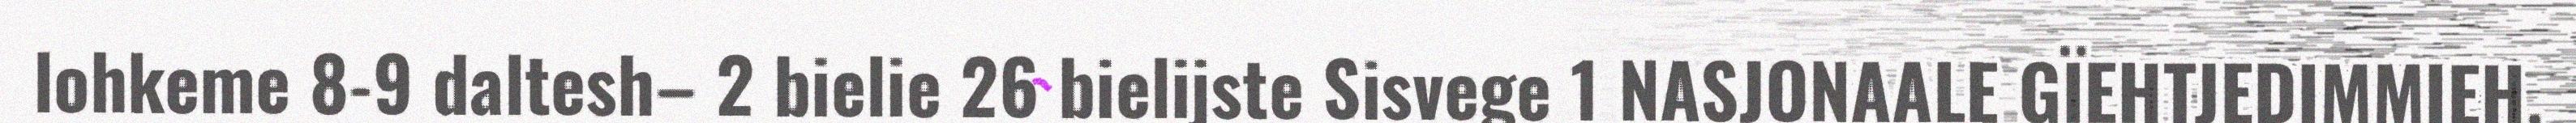
lohkeme 8-9 daltesh– 2 bielie 26 bielijste Sisvege 1 NASJONAALE GÏEHTJEDIMMIEH,